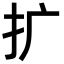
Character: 扩